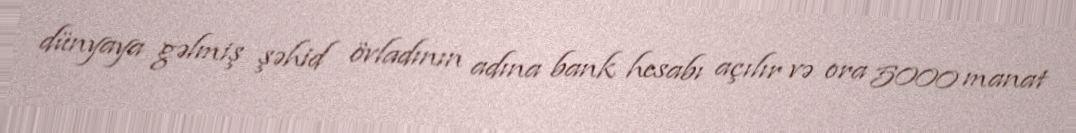
dünyaya gəlmiş şəhid övladının adına bank hesabı açılır və ora 5000 manat